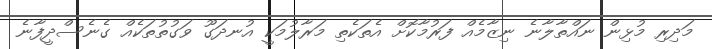
މަދިރި މުޅިން ނައްތާލާނެ ނިޒާމެއް ފަރުމާކޮށް އެތަކެތި މަރާލުމަކީ އުނދަގޫ ވަގުތުތަކެއް ގެނެސްދީފާނެ